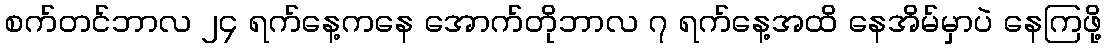
စက်တင်ဘာလ ၂၄ ရက်နေ့ကနေ အောက်တိုဘာလ ၇ ရက်နေ့အထိ နေအိမ်မှာပဲ နေကြဖို့